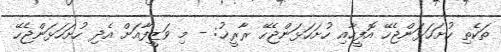
ތަކެތި ހުށަހަޅަންޖެހޭ އޮފީހާއި ހުށަހަޅަންޖެހޭ ރާރީޚު: - މި ވަޒީފާއަށް އެދި ހުށަހަޅަންޖެހޭ